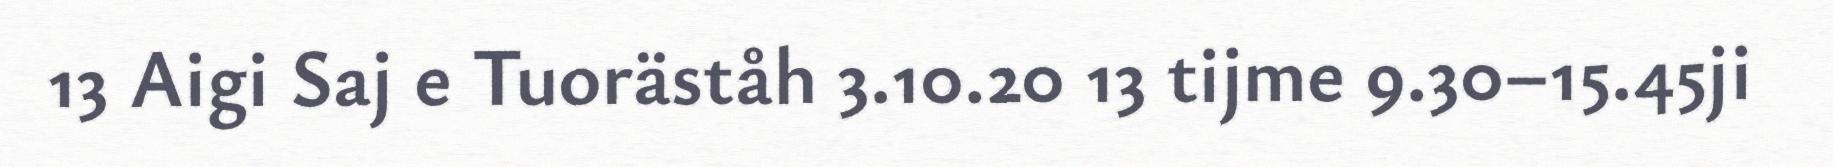
13 Aigi Saj e Tuoräståh 3.10.20 13 tijme 9.30–15.45ji